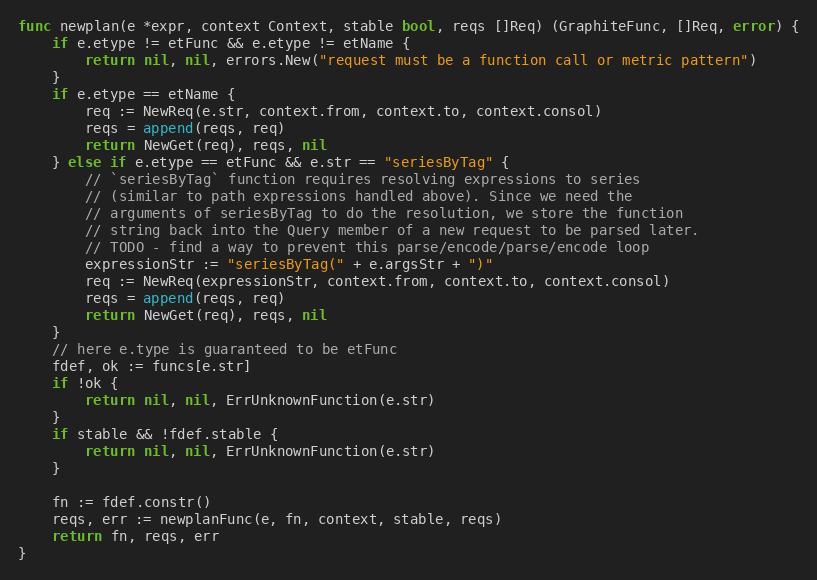
Language: Go
func newplan(e *expr, context Context, stable bool, reqs []Req) (GraphiteFunc, []Req, error) {
	if e.etype != etFunc && e.etype != etName {
		return nil, nil, errors.New("request must be a function call or metric pattern")
	}
	if e.etype == etName {
		req := NewReq(e.str, context.from, context.to, context.consol)
		reqs = append(reqs, req)
		return NewGet(req), reqs, nil
	} else if e.etype == etFunc && e.str == "seriesByTag" {
		// `seriesByTag` function requires resolving expressions to series
		// (similar to path expressions handled above). Since we need the
		// arguments of seriesByTag to do the resolution, we store the function
		// string back into the Query member of a new request to be parsed later.
		// TODO - find a way to prevent this parse/encode/parse/encode loop
		expressionStr := "seriesByTag(" + e.argsStr + ")"
		req := NewReq(expressionStr, context.from, context.to, context.consol)
		reqs = append(reqs, req)
		return NewGet(req), reqs, nil
	}
	// here e.type is guaranteed to be etFunc
	fdef, ok := funcs[e.str]
	if !ok {
		return nil, nil, ErrUnknownFunction(e.str)
	}
	if stable && !fdef.stable {
		return nil, nil, ErrUnknownFunction(e.str)
	}

	fn := fdef.constr()
	reqs, err := newplanFunc(e, fn, context, stable, reqs)
	return fn, reqs, err
}